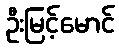
ဦးမြင့်မောင်